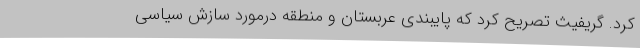
کرد. گریفیث تصریح کرد که پایبندی عربستان و منطقه درمورد سازش سیاسی